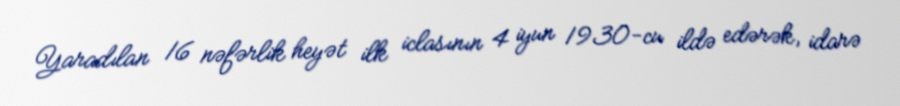
Yaradılan 16 nəfərlik heyət ilk iclasının 4 iyun 1930-cu ildə edərək, idarə